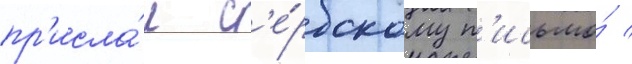
пр'исла́л с'е́рбскому п'исьмо́ /